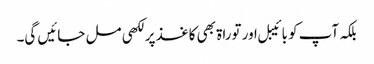
بلکہ آپ کو بائیبل اور توراۃ بھی کاغذ پر لکھی مل جائیں گی۔